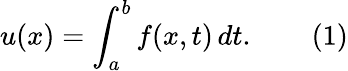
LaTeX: u(x)=\int_{a}^{b}f(x,t)\, dt.\qquad(1)